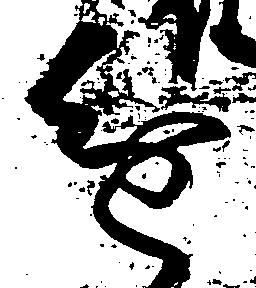
進